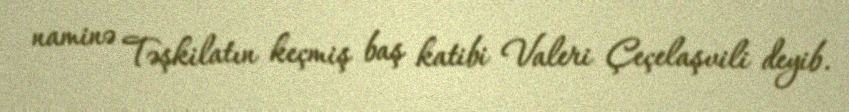
naminə Təşkilatın keçmiş baş katibi Valeri Çeçelaşvili deyib.